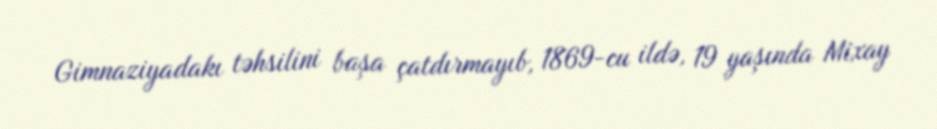
Gimnaziyadakı təhsilini başa çatdırmayıb, 1869-cu ildə, 19 yaşında Mixay